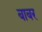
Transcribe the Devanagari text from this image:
बाबर